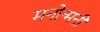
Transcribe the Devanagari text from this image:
मनोन्मनी